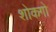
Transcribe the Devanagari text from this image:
शोकगो